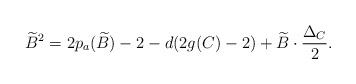
LaTeX: \begin{align*}\widetilde{B}^2=2p_a(\widetilde{B})-2-d(2g(C)-2)+\widetilde{B}\cdot \frac{\Delta_C}{2}.\end{align*}